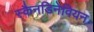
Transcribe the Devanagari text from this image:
स्कैनडिनेवियन